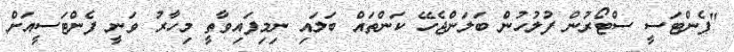
"ފެންޓަސީ ސްޓޯރުން ފުލުހުން ބަލަންޖެހޭ ކަންތައް ބަލައި ނިމިފައިވާތީ މިހާރު ވަނީ ފެންޓަސީއަށް